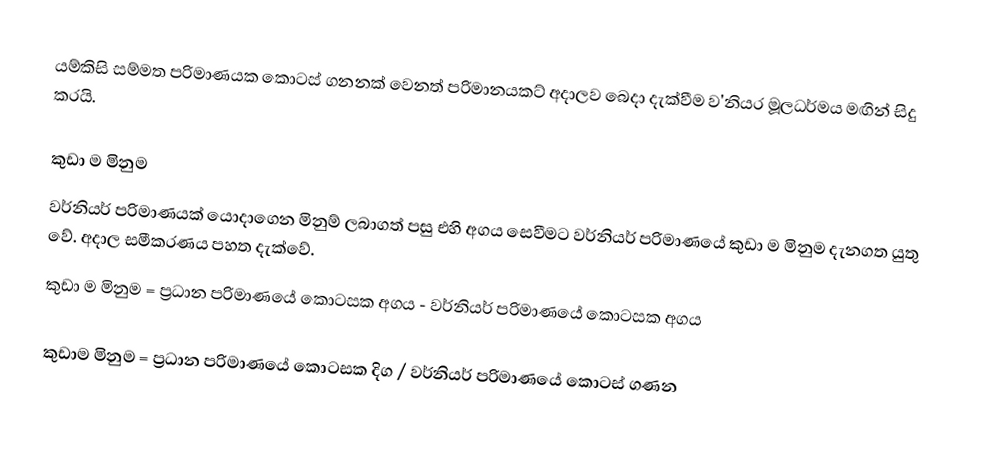
යම්කිසි සම්මත පරිමාණයක කොටස් ගනනක් වෙනත් පරිමානයකට් අදාලව බෙදා දැක්වීම ව'නියර මූලධර්මය මඟින් සිදු කරයි.

කුඩා ම මිනුම
වර්නියර් පරිමාණයක් යොදාගෙන මිනුම් ලබාගත් පසු එහි අගය සෙවීමට වර්නියර් පරිමාණයේ කුඩා ම මිනුම දැනගත යුතු වේ. අදාල සමීකරණය පහත දැක්වේ.
කුඩා ම මිනුම = ප්‍රධාන පරිමාණයේ කොටසක අගය - වර්නියර් පරිමාණයේ කොටසක අගය

කුඩාම මිනුම = ප්‍රධාන පරිමාණයේ කොටසක දිග / වර්නියර් පරිමාණයේ කොටස් ගණන